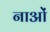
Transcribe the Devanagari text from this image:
नाओं